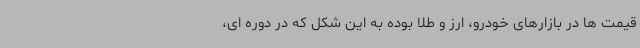
قیمت ها در بازارهای خودرو، ارز و طلا بوده به این شکل که در دوره ای،